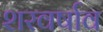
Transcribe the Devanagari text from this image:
शरवर्षाव